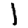
Digit: 1